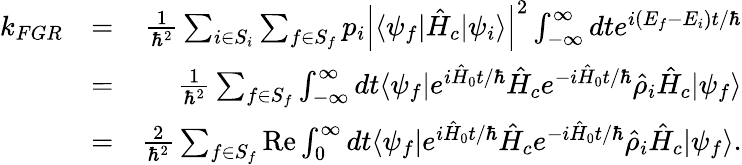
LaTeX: \begin{array}{rlr}{k_{FGR}}&{=}&{\frac{1}{\hbar^{2}}\sum_{i\in S_{i}}\sum_{f\in S_{f}}p_{i}\left|\langle\psi_{f}|\hat{H}_{c}|\psi_{i}\rangle\right|^{2}\int_{-\infty}^{\infty}dte^{i(E_{f}-E_{i})t/\hbar}}\\ &{=}&{\frac{1}{\hbar^{2}}\sum_{f\in S_{f}}\int_{-\infty}^{\infty}dt\langle\psi_{f}|e^{i\hat{H}_{0}t/\hbar}\hat{H}_{c}e^{-i\hat{H}_{0}t/\hbar}\hat{\rho}_{i}\hat{H}_{c}|\psi_{f}\rangle}\\ &{=}&{\frac{2}{\hbar^{2}}\sum_{f\in S_{f}}\mathrm{Re}\int_{0}^{\infty}dt\langle\psi_{f}|e^{i\hat{H}_{0}t/\hbar}\hat{H}_{c}e^{-i\hat{H}_{0}t/\hbar}\hat{\rho}_{i}\hat{H}_{c}|\psi_{f}\rangle.}\end{array}